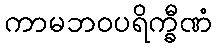
ကာမဘဝပရိက္ခီဏံ